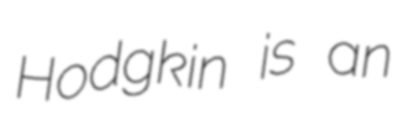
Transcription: Hodgkin is an